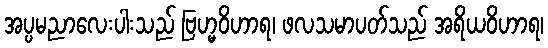
အပ္ပမညာလေးပါးသည် ဗြဟ္မဝိဟာရ၊ ဖလသမာပတ်သည် အရိယဝိဟာရ၊